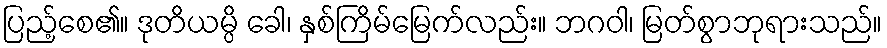
ပြည့်စေ၏။ ဒုတိယမ္ပိ ခေါ၊ နှစ်ကြိမ်မြေက်လည်း။ ဘဂဝါ၊ မြတ်စွာဘုရားသည်။